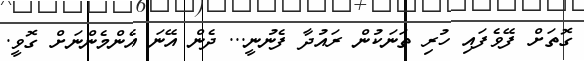
ގޮތަށް ފޭވެފައި ހުރި ތަނަކުން ރައުދާ ފެނުނީ... ދެން އޭނަ އެންމެންނަށް ގޮވީ.